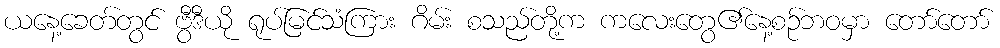
ယနေ့ခေတ်တွင် ဗွီဒီယို ရုပ်မြင်သံကြား ဂိမ်း စသည်တို့က ကလေးတွေ၏နေ့စဉ်ဘဝမှာ တော်တော်